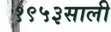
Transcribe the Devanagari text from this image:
१९५३साली